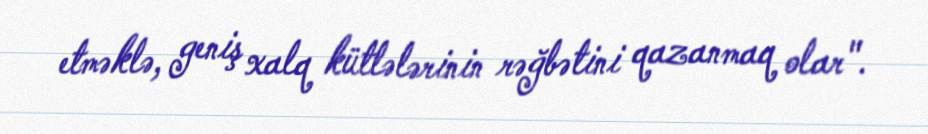
etməklə, geniş xalq kütlələrinin rəğbətini qazanmaq olar".